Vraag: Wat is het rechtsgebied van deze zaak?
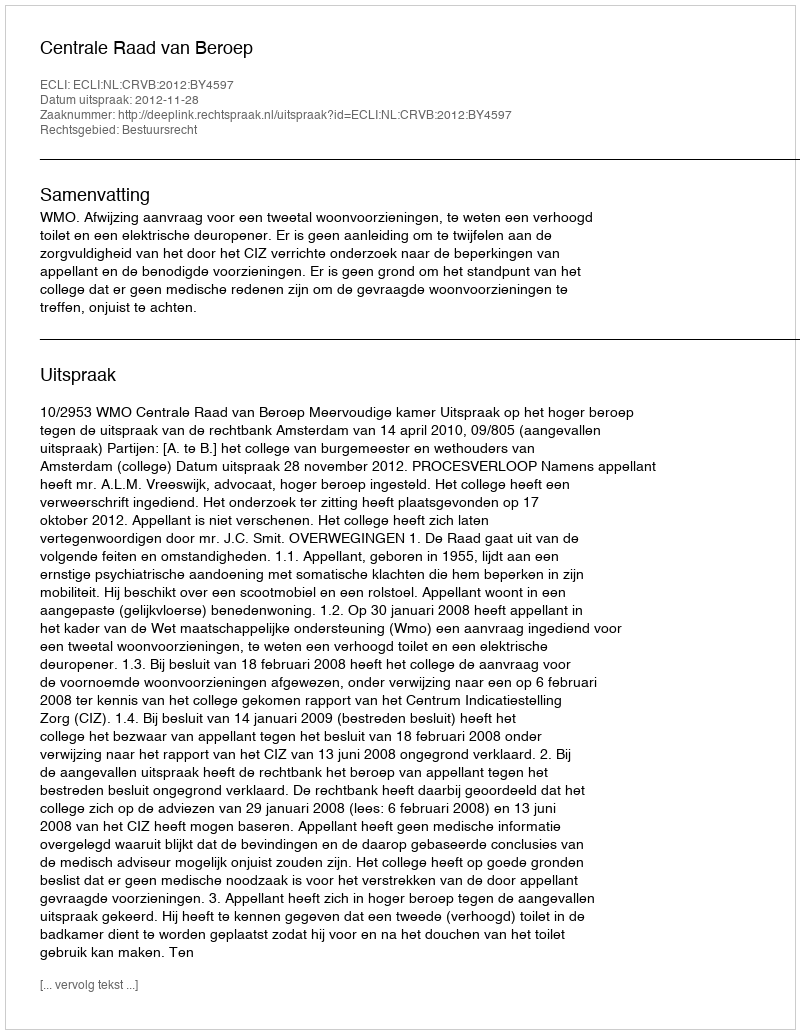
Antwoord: Bestuursrecht